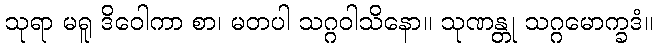
သုရာ မရူ ဒိဝေါကာ စာ၊ မတပါ သဂ္ဂဝါသိနော။ သုဏန္တု သဂ္ဂမောက္ခဒံ။